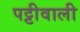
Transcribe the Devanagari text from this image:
पट्टीवाली